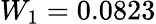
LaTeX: W_{1}=0.0823